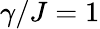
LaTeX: \gamma/J=1